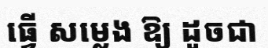
ធ្វើ សម្លេង ឱ្យ ដូចជា